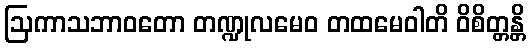
ဩကာသဘာဝတော တဏ္ဍုလမေဝ တထမေဝါတိ ဝိစိတ္တန္တိ